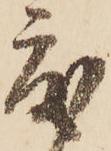
度